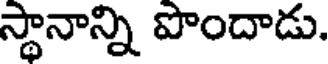
స్థానాన్ని పొందాడు.